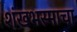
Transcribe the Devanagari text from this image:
शंखभस्माचा